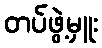
တပ်ဖွဲ့မှူး